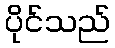
ပိုင်သည်